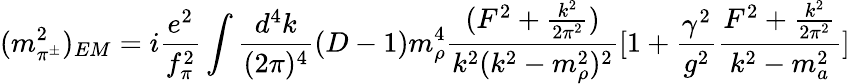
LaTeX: (m_{\pi^{\pm}}^{2})_{EM}=i{\frac{e^{2}}{f_{\pi}^{2}}}\int\frac{d^{4}k}{(2\pi)^{4}}(D-1)m_{\rho}^{4}{\frac{{(F^{2}+{\frac{k^{2}}{2\pi^{2}}})}}{{k^{2}(k^{2}-m_{\rho}^{2})^{2}}}}[1+{\frac{\gamma^{2}}{g^{2}}}{\frac{{F^{2}+{\frac{k^{2}}{2\pi^{2}}}}}{{k^{2}-m_{a}^{2}}}}]